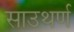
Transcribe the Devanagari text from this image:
साउथर्ण